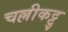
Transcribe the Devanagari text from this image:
चल्लीकट्टु